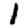
Digit: 1